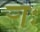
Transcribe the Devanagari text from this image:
र्‍ाः